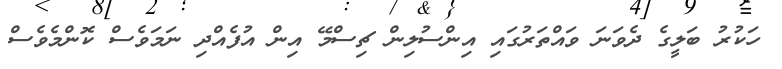
ހަކުރު ބަލީގެ ދެވަނަ ވައްތަރުގައި އިންސުލިން ޗިސްމޭ އިން އުފެއްދި ނަމަވެސް ކޮންމެވެސް